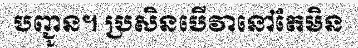
បញ្ជូន។ ប្រសិនបើវានៅតែមិន